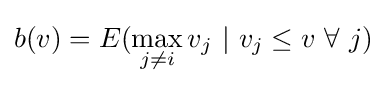
b(v)=E(\max _{j\neq i}v_{j}~|~v_{j}\leq v~\forall ~j)